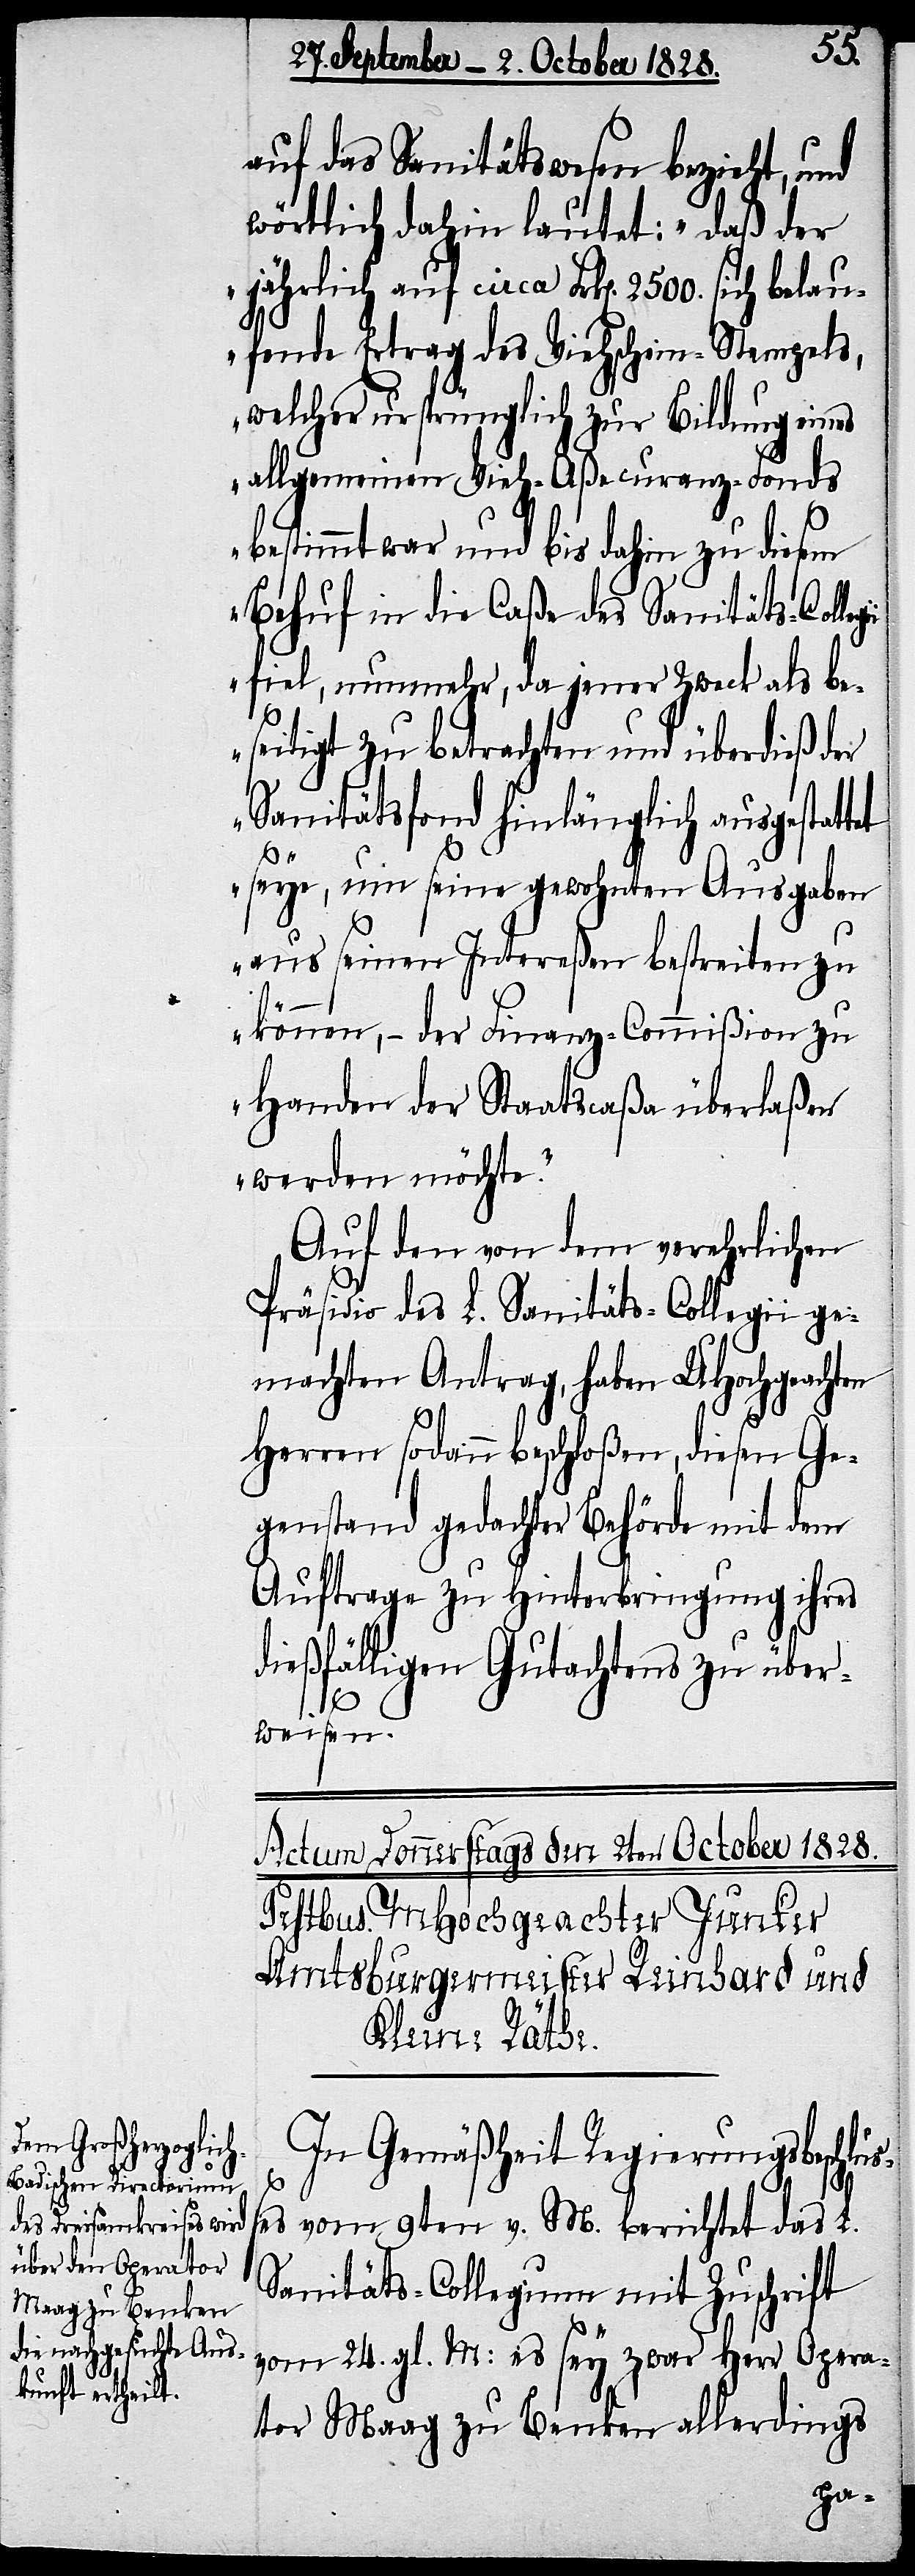
auf das Sanitätswesen bezieht, und
wörtlich dahin lautet: „daß der
jährlich auf circa Frk[en]. 2500. sich bela¬
ufende Ertrag des Viehschein-Stempels,
welcher ursprünglich zur Bildung eines
allgemeinen Vieh-Aßecuranz-Fonds
bestimmt war und bis dahin zu diesem
Behuf in die Caße des Sanitäts-Colle¬
fiel, nunmehr, da jener Zweck als be¬
seitigt zu betrachten und überdieß der
Sanitätsfond hinlänglich ausgest¬
seye, um seine gewohnten Ausgaben
aus seinen Intereßen bestreiten zu
können, – der Finanz-Commißion zu
Handen der Staatscaßa überlaßen
werden möchte.“
Auf den von dem verehrlichen
Präsidio des L. Sanitäts-Collegii ge¬
machten Antrag, haben UHochgeachten
Herren sodann beschloßen, diesen Ge¬
genstand gedachter Behörde mit dem
Auftrage zu Hinterbringung ihres
dießfälligen Gutachtens zu über¬
attet
weisen.
In Gemäßheit Regierungsbeschlu¬
ßes vom 9ten v. M. berichtet das L.
Sanitäts-Collegium mit Zuschrift
vom 24. gl. M: es sey zwar Herr Opera¬
tor Maag zu Benken allerdings